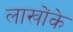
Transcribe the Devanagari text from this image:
लाखोंके